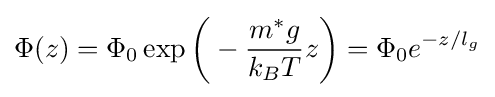
\Phi (z)=\Phi _{0}\exp {\biggl (}-{\frac {m^{*}g}{k_{B}T}}z{\biggr )}=\Phi _{0}e^{-z/l_{g}}